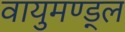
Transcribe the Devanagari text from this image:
वायुमण्ड्ल